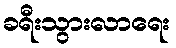
ခရီးသွားလာရေး